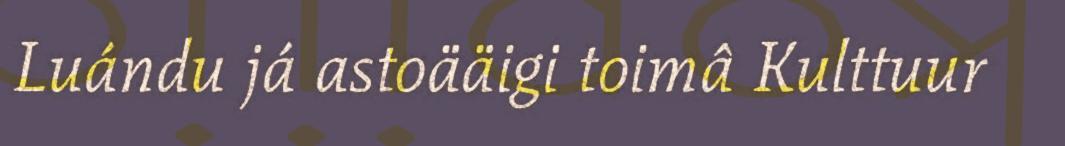
Luándu já astoääigi toimâ Kulttuur